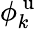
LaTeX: \phi_{k}^{\mathrm{~u~}}